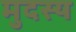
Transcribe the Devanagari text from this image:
मुदस्य